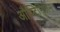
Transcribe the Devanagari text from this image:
औप्टिमिज़म